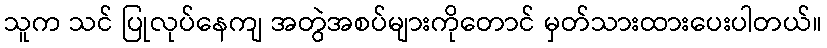
သူက သင် ပြုလုပ်နေကျ အတွဲအစပ်များကိုတောင် မှတ်သားထားပေးပါတယ်။